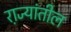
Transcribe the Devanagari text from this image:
रा़ज्यांतील